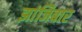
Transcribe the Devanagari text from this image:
झांजिबार